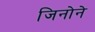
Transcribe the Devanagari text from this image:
जिनोने